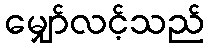
မျှော်လင့်သည်